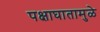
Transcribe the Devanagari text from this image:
पक्षाघातामुळे